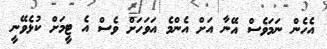
އެހެން ނަމަވެސް އޭނާ އަށް އެންމެ އަވަހަށް ވެސް އެ ޓީމަށް ކުޅެވޭނީ